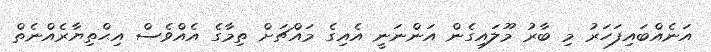
އަނެއްބައިފަހަރު މި ބާރު މޫލައިގެން އަންނަނީ އެއިގެ މައްޗަށް ތިމާގެ އެއްވެސް އިޙްތިޔާރެއްނެތް